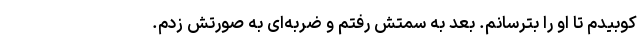
کوبیدم تا او را بترسانم. بعد به سمتش رفتم و ضربه‌ای به ‌صورتش زدم.